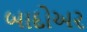
બાદોઅર